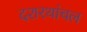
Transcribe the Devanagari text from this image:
दशरथांचल